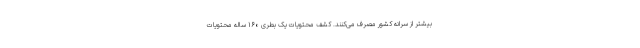
بیشتر از سرانه کشور مصرف می‌کنند. کشف محتویات یک بطری ۱۶۰ ساله محتویات